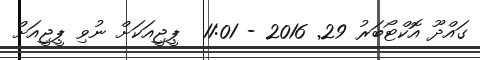
ގައްދޫ އޮކްޓޯބަރު 29